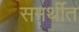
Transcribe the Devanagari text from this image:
समर्थीत